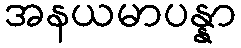
အနယမာပန္နာ